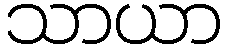
သာယာ